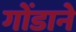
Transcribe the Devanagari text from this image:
गोंडाने